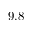
9 . 8